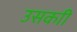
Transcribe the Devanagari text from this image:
उसकाी